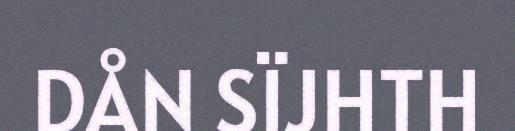
DÅN SÏJHTH